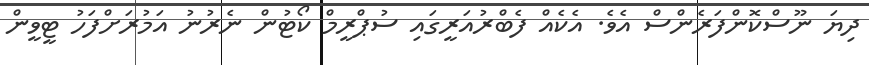
ދިޔަ ނޫސްކޮންފަރެންސް އެވެ. އެކެއް ފެބްރުއަރީގައި ސުޕްރީމް ކޯޓުން ނެރުނު އަމުރަށްފަހު ޓީވީން